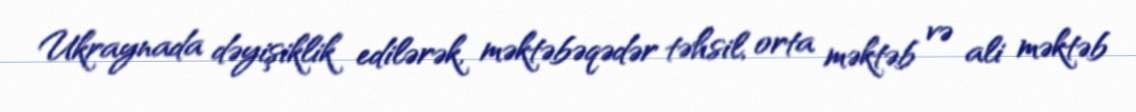
Ukraynada dəyişiklik edilərək, məktəbəqədər təhsil, orta məktəb və ali məktəb